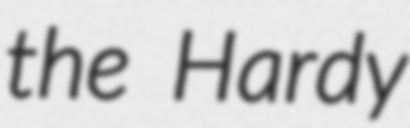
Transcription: the Hardy